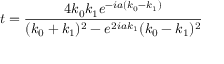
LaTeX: t = { \frac { 4 k _ { 0 } k _ { 1 } e ^ { - i a ( k _ { 0 } - k _ { 1 } ) } } { ( k _ { 0 } + k _ { 1 } ) ^ { 2 } - e ^ { 2 i a k _ { 1 } } ( k _ { 0 } - k _ { 1 } ) ^ { 2 } } }